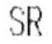
SR